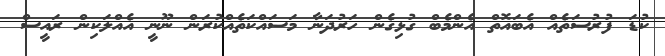
ކުޑަ ފުރުސަތެއް އެބައޮތް އެންމެބް ގުޅިގެން ހަރުދަނާ މަސައްކަތެއްކުރަން ނޫނީ އެއްލަކިން ރައީސް